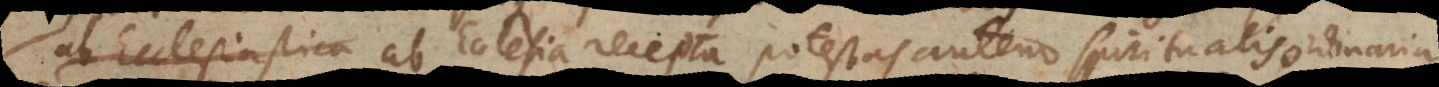
ab Ecclesiastica ab Ecclesia recepta, potestas autem spiritualis